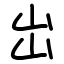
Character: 岀